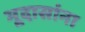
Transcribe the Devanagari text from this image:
भूदासांना